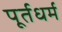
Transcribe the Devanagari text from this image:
पूर्तधर्म